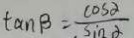
\tan \beta = \frac { \cos \alpha } { \sin \alpha }